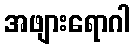
အဖျားရောဂါ